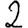
Digit: 2